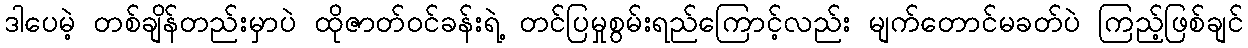
ဒါပေမဲ့ တစ်ချိန်တည်းမှာပဲ ထိုဇာတ်ဝင်ခန်းရဲ့ တင်ပြမှုစွမ်းရည်ကြောင့်လည်း မျက်တောင်မခတ်ပဲ ကြည့်ဖြစ်ချင်